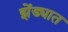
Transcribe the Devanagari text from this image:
झेंड्यात